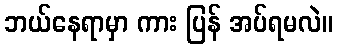
ဘယ်နေရာမှာ ကား ပြန် အပ်ရမလဲ။